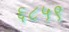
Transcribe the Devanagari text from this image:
६८५९